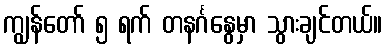
ကျွန်တော် ၅ ရက် တနင်္ဂနွေမှာ သွားချင်တယ်။